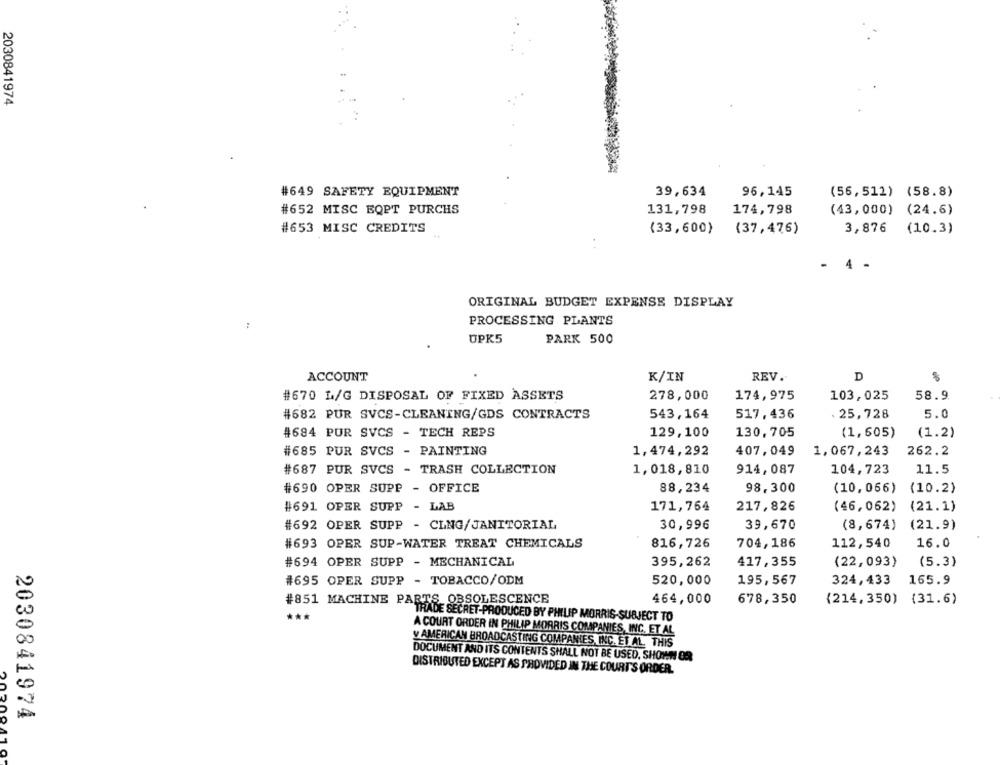
2030841974
39,634
#649 SAFETY EQUIPMENT
96,145
(56,511) (58.8)
#652 MISC EQPT PURCHS
131,798
174,798
(43,000) (24.6)
#653 MISC CREDITS
(33,600)
(37,476)
3,876
(10.3)
- 4 -
ORIGINAL BUDGET EXPENSE DISPLAY
PROCESSING PLANTS
UPK5
PARK 500
ACCOUNT
K/IN
REV.
D
#670 L/G DISPOSAL OF FIXED ASSETS
278,000
174,975
103,025
58.9
#682 PUR SVCS-CLEANING/GDS CONTRACTS
543,164
517,436
. 25,728
5.0
#684 PUR SVCS - TECH REPS
129, 100
130,705
(1,605)
(1.2)
#685 PUR SVCS - PAINTING
1,474,292
407,049
262.2
1,067,243
#687 PUR SVCS - TRASH COLLECTION
1,018,810
914,087
104,723
11.5
#690 OPER SUPP - OFFICE
88,234
98.300
(10, 066)
(10.2)
#691 OPER SUPP - LAB
171,764
217,826
(46,062)
(21.1)
#692 OPER SUPP - CLNG/JANITORIAL
30,996
39,670
(8,674)
(21.9)
#693 OPER SUP-WATER TREAT CHEMICALS
704,186
112,540
16.0
816,726
#694 OPER SUPP - MECHANICAL
395,262
417,355
(22,093)
(5.3)
#695 OPER SUPP - TOBACCO/ODM
520,000
195,567
324,433
165.9
#851 MACHINE PARTS OBSOLESCENCE
464,000
678,350
(214, 350) (31.6)
***
TRADE SECRET-PRODUCED BY PHILIP MORRIS-SUBJECT TO
A COURT ORDER IN PHILIP MORRIS COMPANIES, INC. ET AL
y AMERICAN BROADCASTING COMPANIES, INC. ET AL. THIS
DOCUMENT AND ITS CONTENTS SHALL NOT BE USED, SHOW OR
DISTRIBUTED EXCEPT AS PROVIDED IN THE COURT'S ORDER.
2030841974